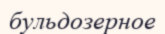
бульдозерное